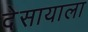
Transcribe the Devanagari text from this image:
देसायाला